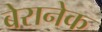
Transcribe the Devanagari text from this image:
बेरानेक